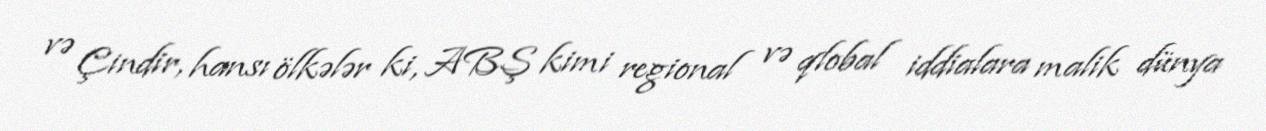
və Çindir, hansı ölkələr ki, ABŞ kimi regional və qlobal iddialara malik dünya